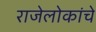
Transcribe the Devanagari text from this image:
राजेलोकांचे